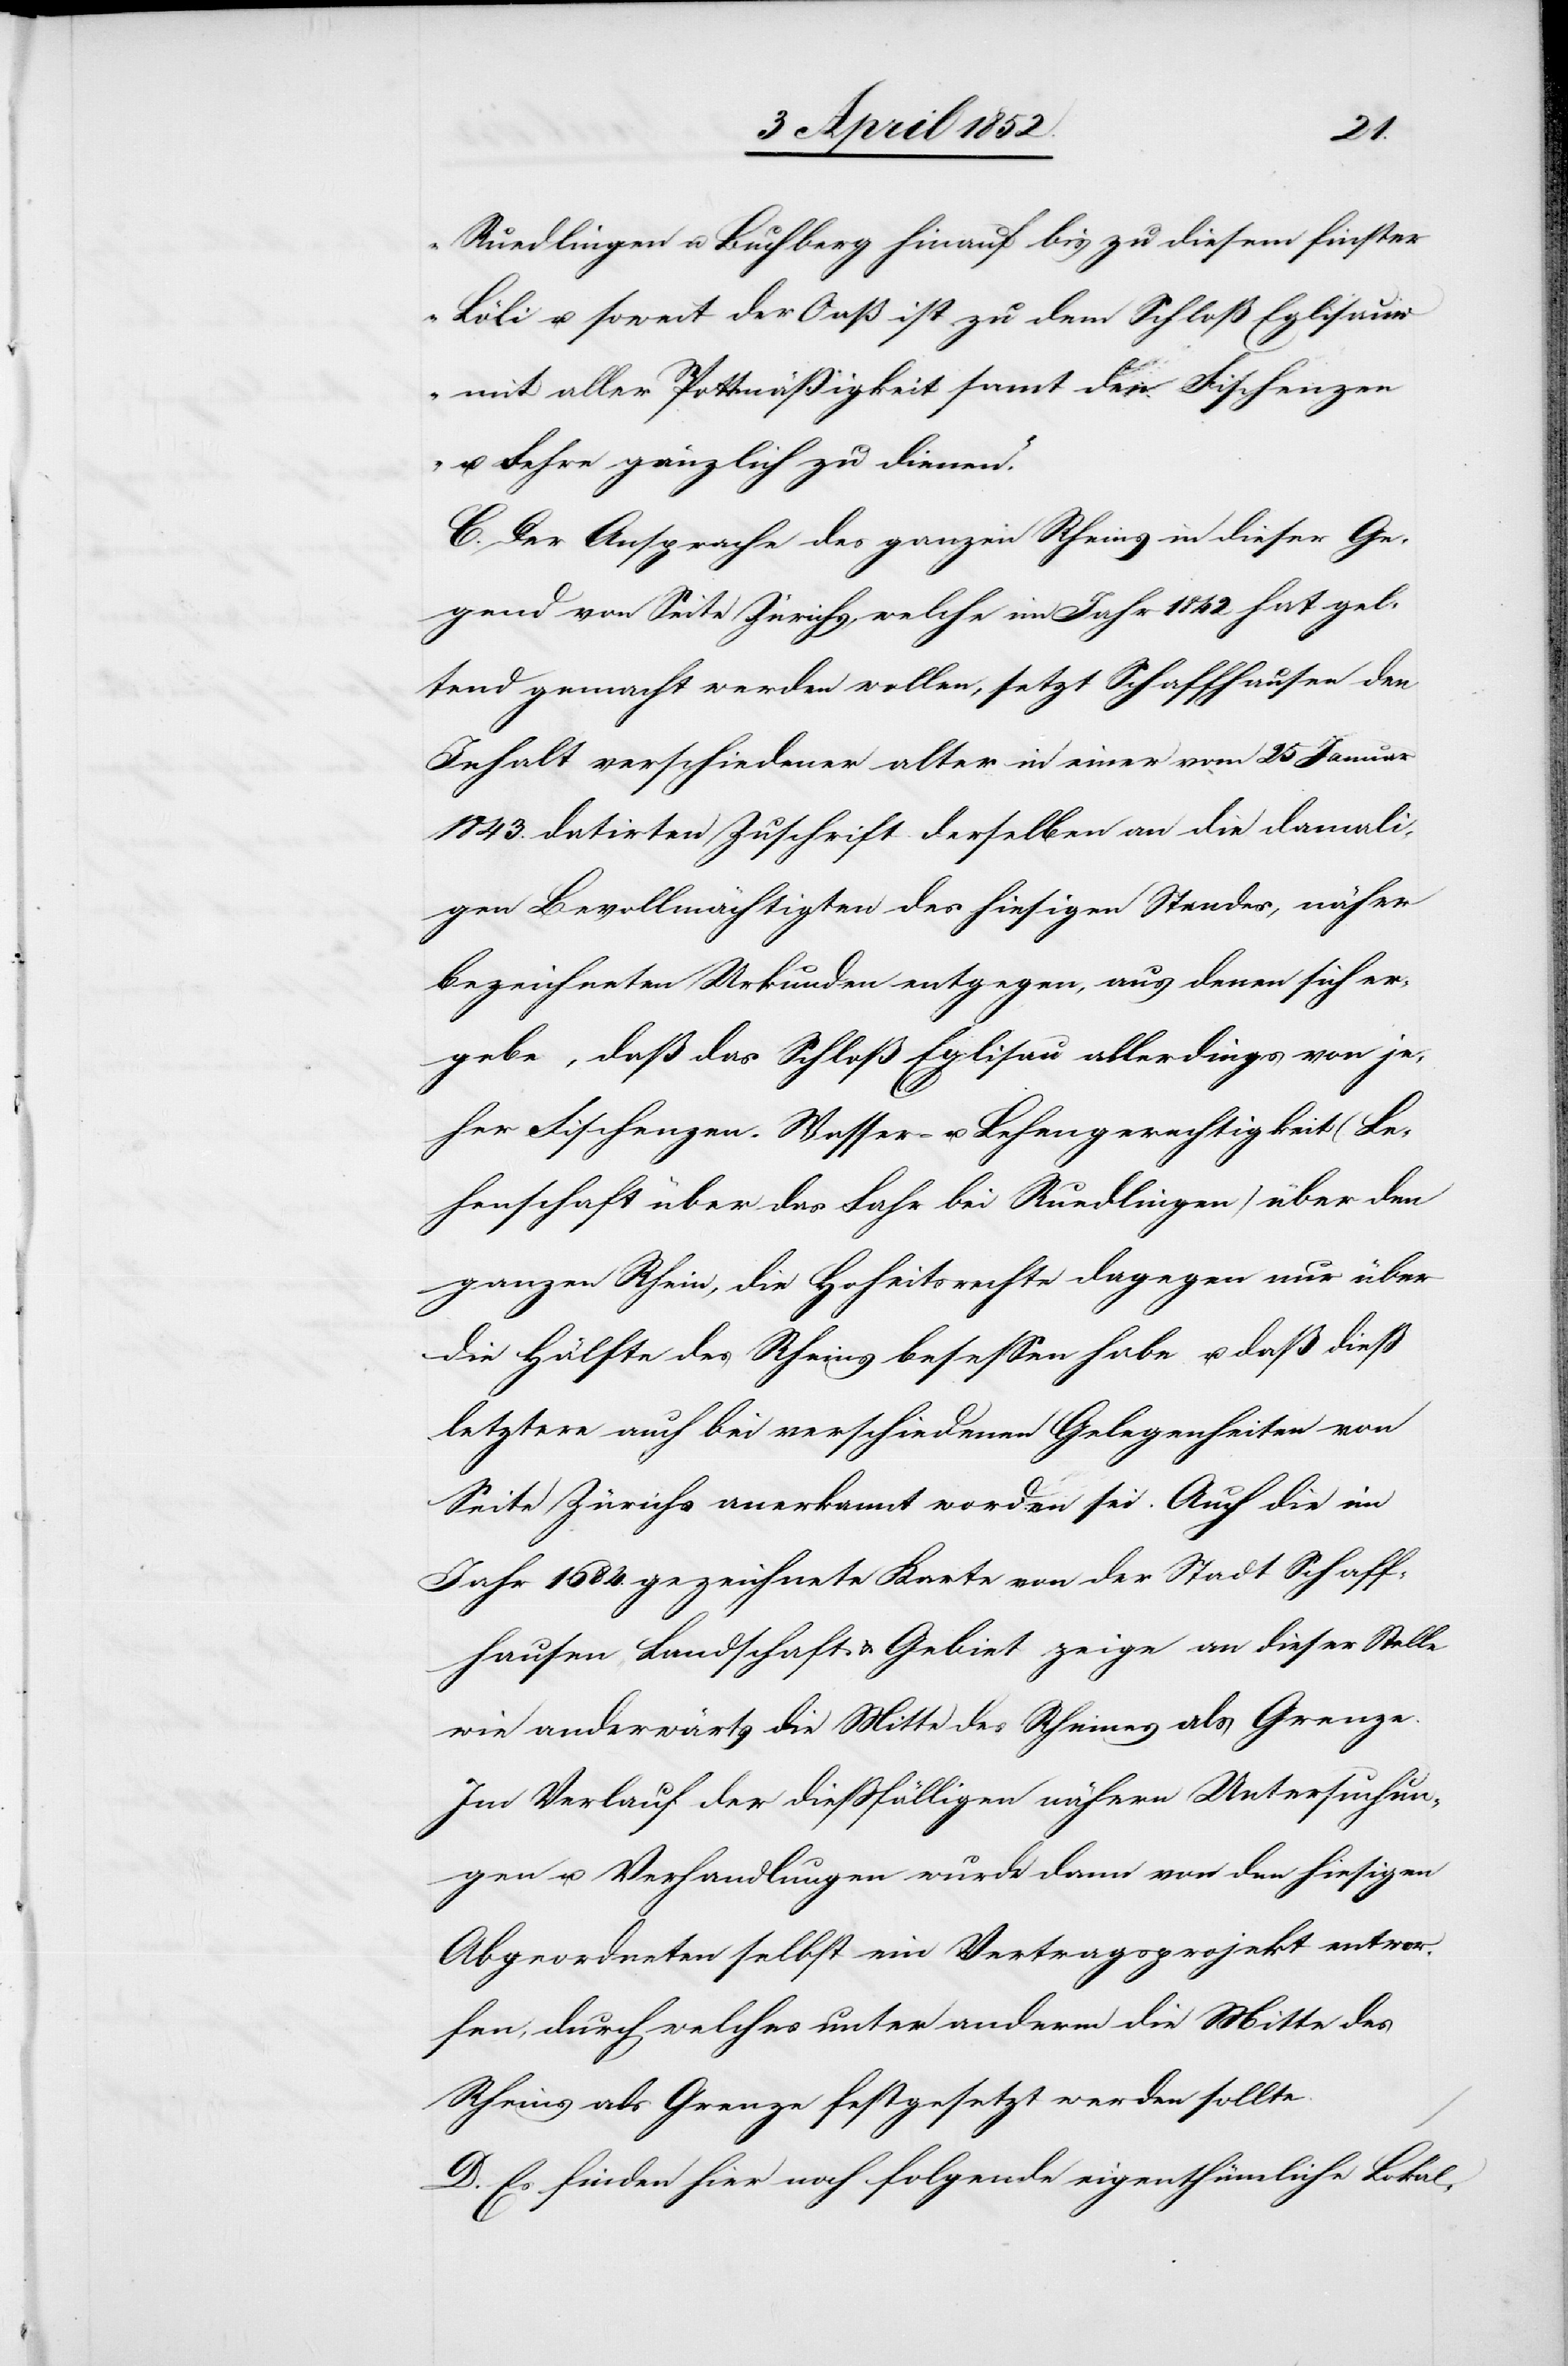
Ruedlingen u. Buchberg hinauf bis zu diesem finster
Löli u. soweit der Oaß ist zu dem Schloß Eglisauw
mit aller Pottmäßigkeit samt den Fischenzen
u. Fehre gänzlich zu dienen.“
C. Der Ansprache des ganzen Rheins in dieser Ge¬
gend von Seite Zürichs, welche im Jahr 1842 hat gel¬
tend gemacht werden wollen, setzt Schaffhausen den
Inhalt verschiedener alter in einer vom 25 Januar
1843. datirten Zuschrift derselben an die damali¬
gen Bevollmächtigten des hiesigen Standes, näher
bezeichneten Urkunden entgegen, aus denen sich er¬
gebe, daß das Schloß Eglisau allerdings von je¬
her Fischenzen, Wasser- u. Lehengerechtigkeit (Le¬
henschaft über das Fahr bei Ruedlingen) über den
ganzen Rhein, die Hoheitsrechte dagegen nur über
die Hälfte des Rheins besessen habe u. daß dieß
letztere auch bei verschiedenen Gelegenheiten von
Seite Zürichs anerkannt worden sei. Auch die im
Jahr 1684. gezeichnete Karte von der Stadt Schaff¬
hausen Landschaft & Gebiet zeige an dieser Stelle
wie anderwärts die Mitte des Rheines als Grenze.
Im Verlauf der dießfälligen nähern Untersuchun¬
gen u. Verhandlungen wurde dann von den hiesigen
Abgeordneten selbst ein Vertragsprojekt entwor¬
fen, durch welches unter anderm die Mitte des
Rheins als Grenze festgesetzt werden sollte.
D. Es finden hier noch folgende eigenthümliche Lokal-